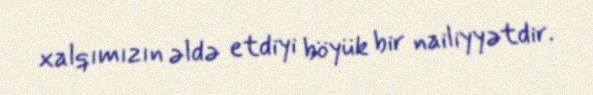
xalqımızın əldə etdiyi böyük bir nailiyyətdir.